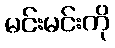
မင်းမင်းကို